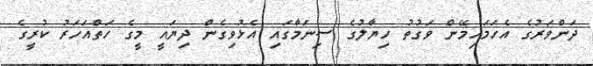
ދަންވަރުގެ އެހަމަހިމޭން ވަގުތު ހިޔާލުގެ ސިނަމާގައި އެޅުވިގެން ދިޔައީ މީގެ ހަތްއަހަރު ކުރީގެ